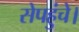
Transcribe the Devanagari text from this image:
सेपहुंचे।